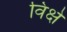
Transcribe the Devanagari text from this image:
विक्षे